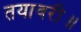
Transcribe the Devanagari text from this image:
तयावरी॥